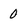
Character: 0